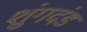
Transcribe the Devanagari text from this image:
शुंगदंड